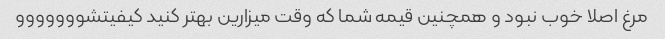
مرغ اصلا خوب نبود و همچنین قیمه شما که وقت میزارین بهتر کنید کیفیتشووووووو